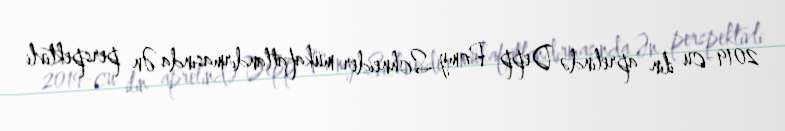
2019-cu ilin aprelində Depp Romy Schneider mükafatlandırmasında Ən perspektivli